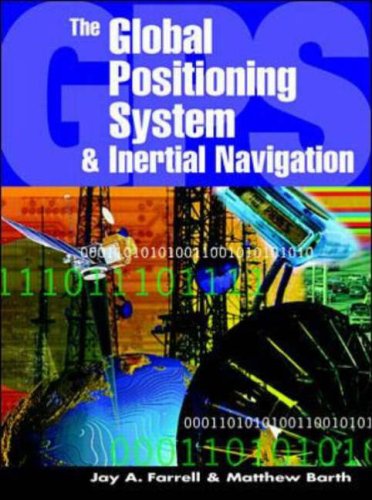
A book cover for The Global Positioning System & Inertial Navigation; Jay Farrell; Engineering & Transportation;